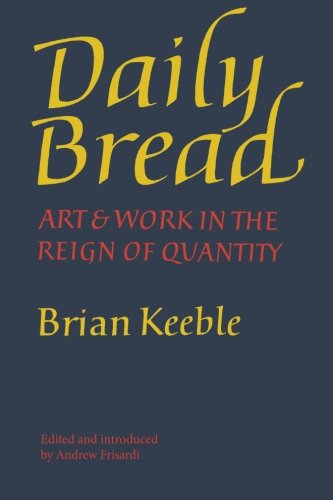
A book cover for Daily Bread: Art and Work in the Reign of Quantity; Brian Keeble; Arts & Photography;